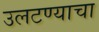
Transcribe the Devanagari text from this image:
उलटण्याचा